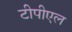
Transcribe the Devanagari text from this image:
टीपीएल